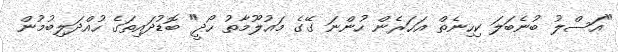
"އަސްލު ބުނެބަލަ ކިހިނެތް އަހަރެން ހުންނަ ގޭގެ މައުލޫމާތު ހޯދީ" ބޮޑުދައިތަގެ ހުއްދަލިބުމުން